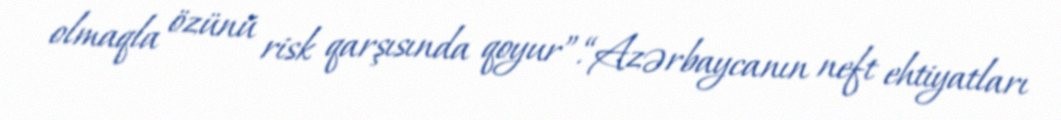
olmaqla özünü risk qarşısında qoyur”.“Azərbaycanın neft ehtiyatları